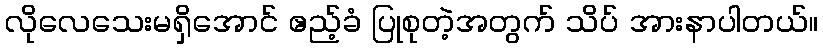
လိုလေသေးမရှိအောင် ဧည့်ခံ ပြုစုတဲ့အတွက် သိပ် အားနာပါတယ်။